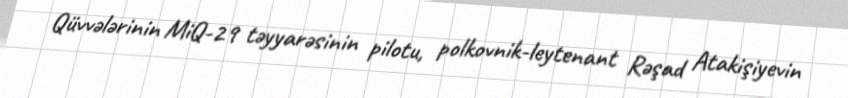
Qüvvələrinin MiQ-29 təyyarəsinin pilotu, polkovnik-leytenant Rəşad Atakişiyevin